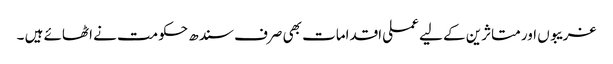
غریبوں اور متاثرین کے لیے عملی اقدامات بھی صرف سندھ حکومت نے اٹھائے ہیں ۔